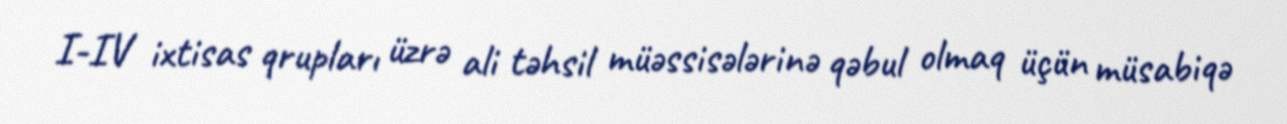
I-IV ixtisas qrupları üzrə ali təhsil müəssisələrinə qəbul olmaq üçün müsabiqə